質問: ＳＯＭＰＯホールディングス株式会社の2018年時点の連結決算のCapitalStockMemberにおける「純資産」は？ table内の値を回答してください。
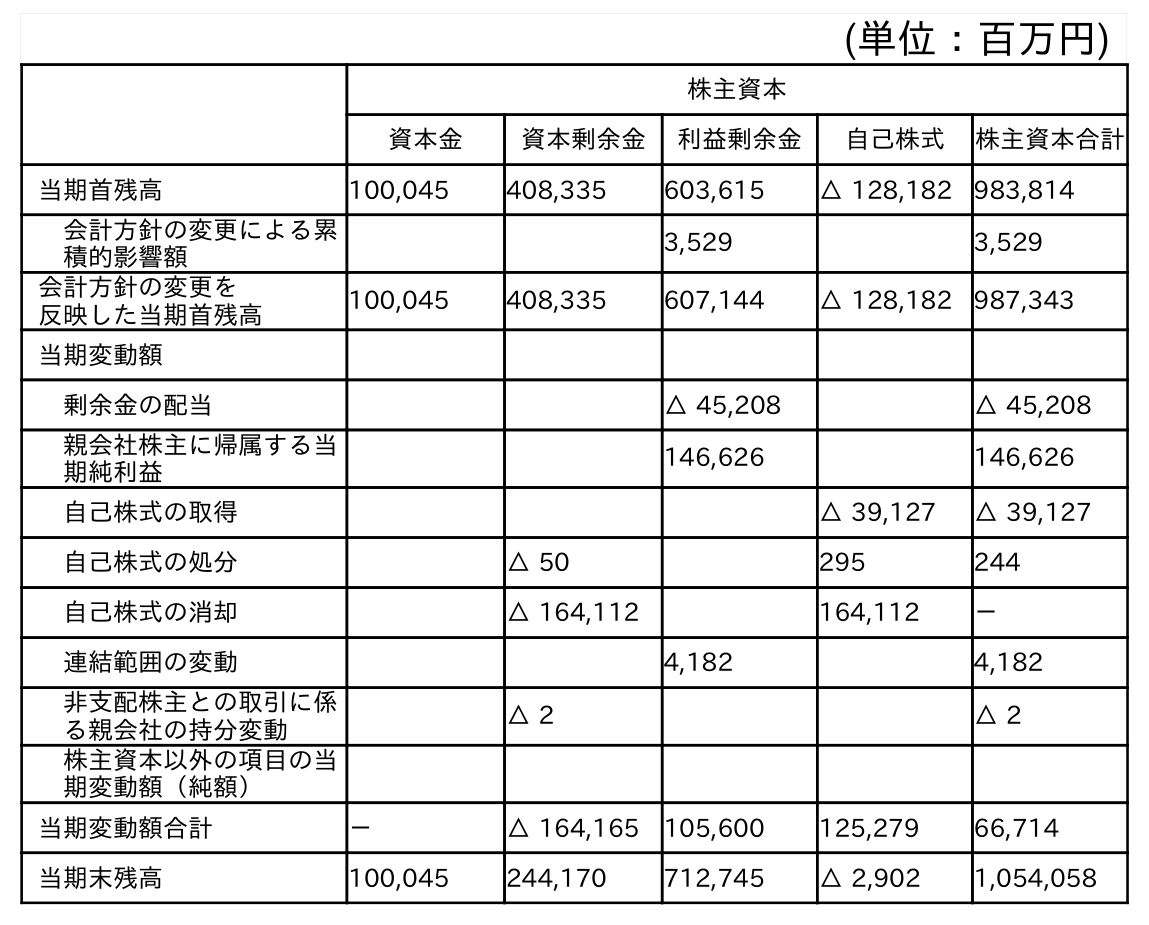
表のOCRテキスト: (単位：百万円) 株主資本 資本金 資本剰余金 利益剰余金 自己株式 株主資本合計 当期首残高 100,045 408,335 603,615 △ 128,182 983,814 会計方針の変更による累 積的影響額 3,529 3,529 会計方針の変更を 反映した当期首残高 100,045 408,335 607,144 △ 128,182 987,343 当期変動額 剰余金の配当 △ 45,208 △ 45,208 親会社株主に帰属する当 期純利益 146,626 146,626 自己株式の取得 △ 39,127 △ 39,127 自己株式の処分 △ 50 295 244 自己株式の消却 △ 164,112 164,112 － 連結範囲の変動 4,182 4,182 非支配株主との取引に係 る親会社の持分変動 △ 2 △ 2 株主資本以外の項目の当 期変動額（純額） 当期変動額合計 － △ 164,165 105,600 125,279 66,714 当期末残高 100,045 244,170 712,745 △ 2,902 1,054,058
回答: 100,045